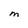
Character: M